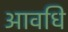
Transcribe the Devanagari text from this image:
आवधि